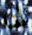
أنا